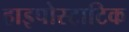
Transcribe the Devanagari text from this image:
हाइपोस्टाटिक